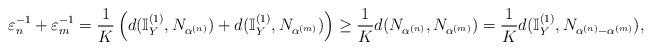
LaTeX: \begin{align*}\varepsilon^{-1}_n+\varepsilon^{-1}_m=\frac{1}{K}\left(d(\mathbb{I}_Y^{(1)}, N_{\alpha^{(n)}})+d(\mathbb{I}_Y^{(1)}, N_{\alpha^{(m)}})\right)\geq\frac{1}{K}d(N_{\alpha^{(n)}}, N_{\alpha^{(m)}})=\frac{1}{K}d(\mathbb{I}_Y^{(1)}, N_{\alpha^{(n)}-\alpha^{(m)}}), \end{align*}